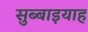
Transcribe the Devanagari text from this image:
सुब्बाइयाह